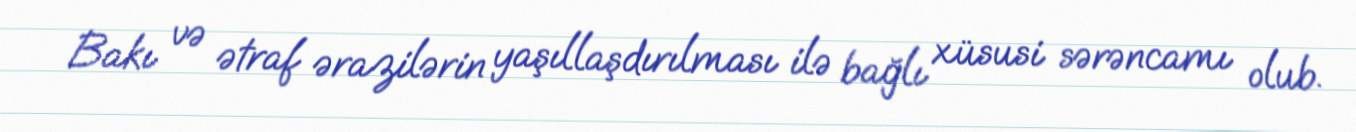
Bakı və ətraf ərazilərin yaşıllaşdırılması ilə bağlı xüsusi sərəncamı olub.